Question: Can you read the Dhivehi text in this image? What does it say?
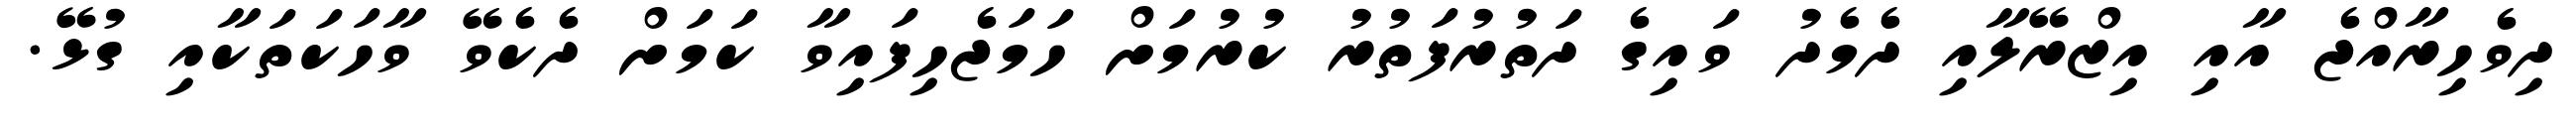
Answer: ދިވެހިރާއްޖެ އާއި އިޒްރޭލާއި ދެމެދު ވައިގެ ދަތުރުފަތުރު ކުރުމަށް ހަމަޖެހިފައިވާ ކަމަށް ދެކެވޭ ވާހަކަތަކާއި ގުޅޭ.